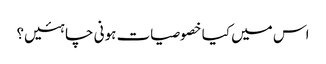
اس میں کیا خصوصیات ہونی چاہئیں؟